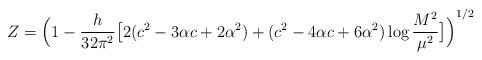
LaTeX: \begin{align*}Z={\Big(1-\frac{h}{32\pi^2}\big[2(c^2-3\alpha c+2\alpha^2)+(c^2-4\alpha c+6\alpha^2)\log\frac{M^2}{\mu^2}\big]\Big)}^{1/2}\end{align*}